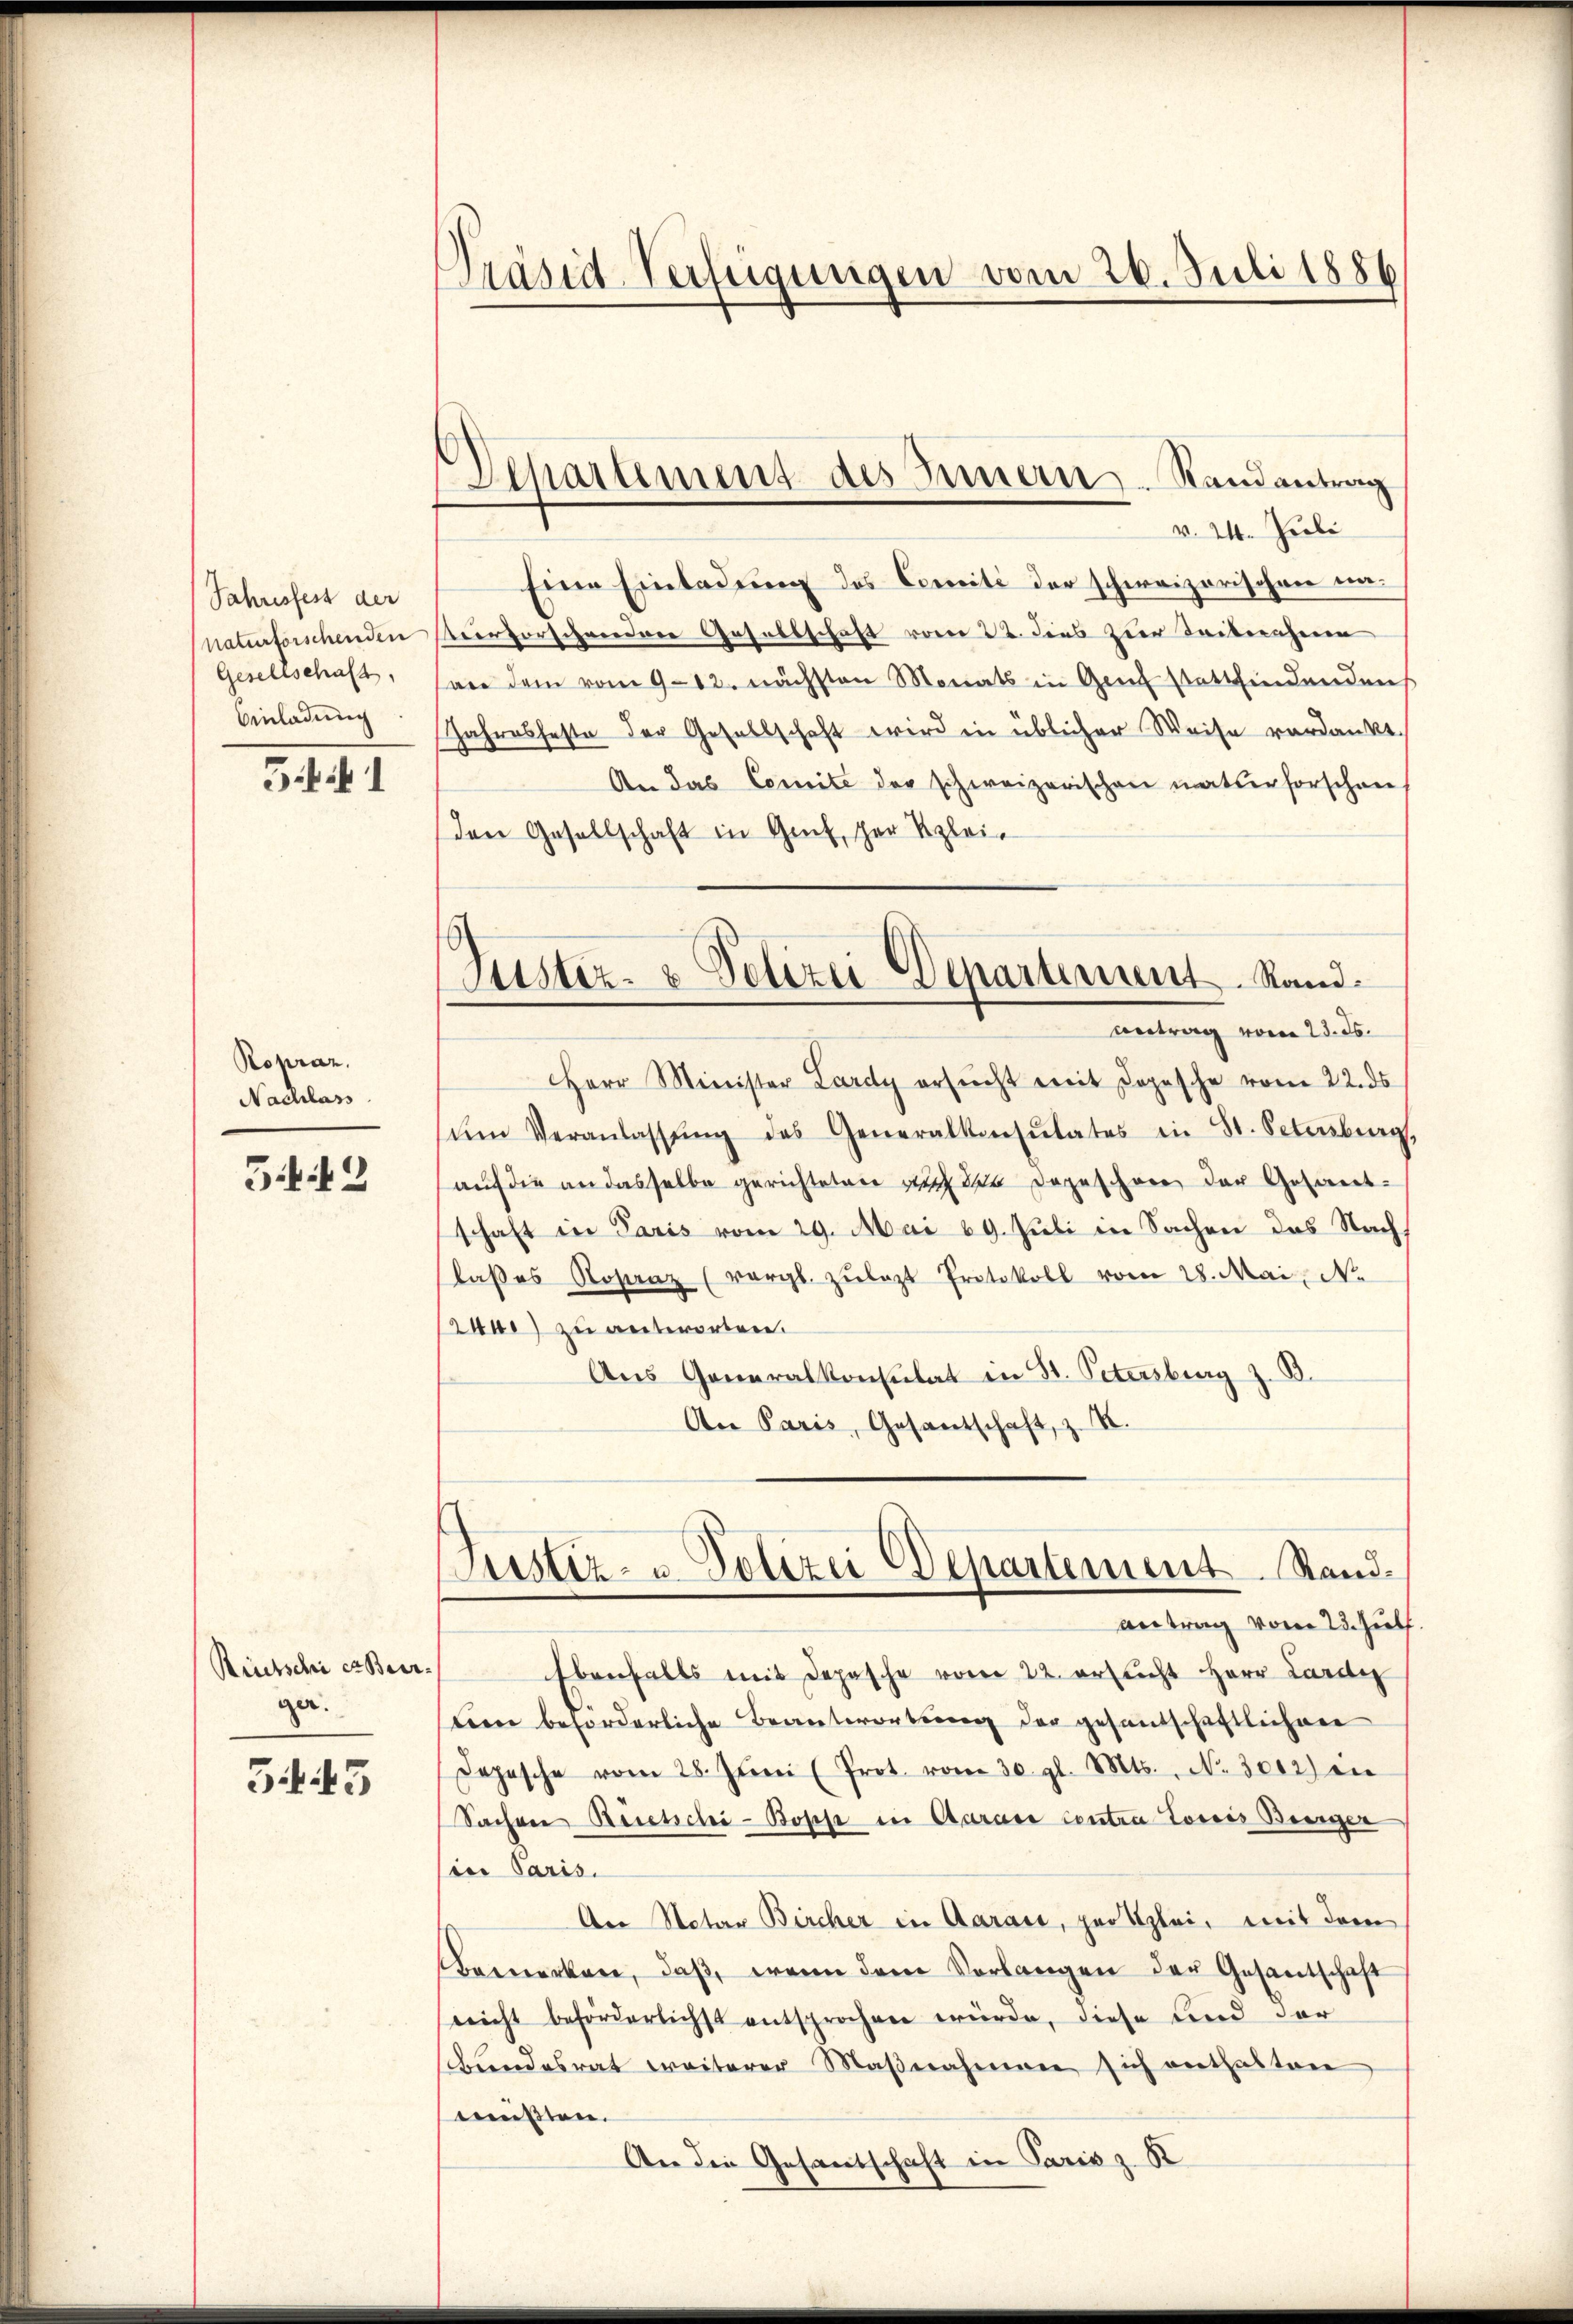
Jahresfest der
naturforschenden
Gesellschaft,
Einladung

Gii 1

Ropraz.
Nachlass

Gifif. 2

Riutschier Beerger.

345

Präsid Verfügungen vom 26. Juli 1886

Separtement des Innern Randantrag

v. 24. Juli
Eine Einladung des Comité der schweizerischen un¬
Vierforschwerden Gesellschaft vom 22. dies zur Taubernheren
sane dem vom 9. 12. nächsten Monats in Genf stattfindenden
Jahresfeste der Gesellschaft wird in üblicher Weise verdankt.
An das Comite der schweizerischen naturforschen
Den Gesellschaft in Genf, der Klei¬
Justiz- & Polizei Departement. Stand.
vetrag vom 23. ds.
Herr Minister Lardy ersŭcht mit Dopesche vom 22. ds
ŭm Veranlassŭng des Generalkonsulates in St. Petersburg,
auf die an dasselbe gerichteten auch der dageschöne der Gesamt-
schaft in Paris vom 29. Mai 19. Juli in Sachen das Nach
laβes Rosenz (vergl. zŭlazt Protokoll vom 28. Mai, No
2400 zu antworten.
Aus Generalkonsulat in St. Petersburg z. B.
An Paris, Gesantschaft, z. B.

Justiz- u. Polizei Departement Standantrag vom 23. Hülf

Ebenfalls mit Depesche vom 22. erblicht Herr Lardi
tien beforderliche Beantwortung der gesandschaftlichen
Depesche vom 28. Jŭni (Prot. vom 30. gl. Mts., No. 3002) ein
Sachen Recesschi-Bosse in Carace contra Toccis Burger
sier Paris.
An Notar Bircher in Aaraić, pro Szlei, mit dem
Bemerken, daβ wenn dem Verlangen der Gesantschaft
nicht beförderlichst entsprochen würde, diese und der
Bundesrat weiterer Maβnahmen sich enthalten
müßten.
An die Gesandschaft in Paris z. R.